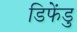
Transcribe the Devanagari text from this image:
डिफेंडु